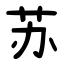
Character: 苏